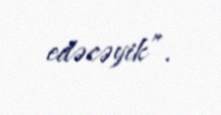
edəcəyik”.